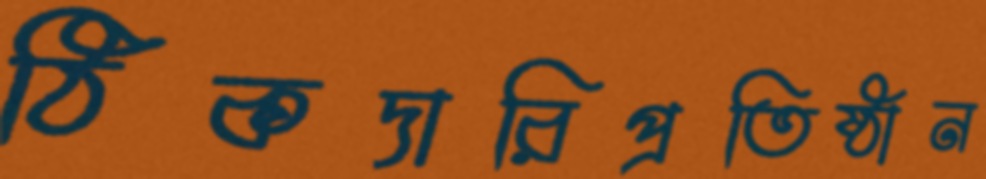
ঠিকদারিপ্রতিষ্ঠান